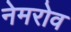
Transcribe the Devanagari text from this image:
नेमरोव